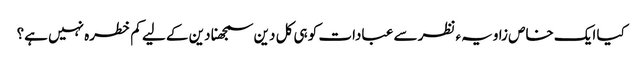
کیا ایک خاص زاویہء نظر سے عبادات کو ہی کل دین سمجھنا دین کے لیے کم خطرہ نہیں ہے؟